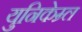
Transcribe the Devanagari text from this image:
युनिकेम्र्ल